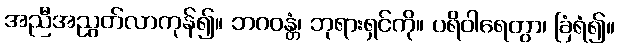
အညီအညွတ်လာကုန်၍။ ဘဂဝန္တံ၊ ဘုရားရှင်ကို။ ပရိဝါရေတွာ၊ ခြံရံ၍။